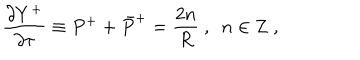
\frac { \partial Y ^ { + } } { \partial \tau } \equiv P ^ { + } + \bar { P } ^ { + } = \frac { 2 n } { R } ~ , ~ ~ n \in { \bf Z } ~ ,